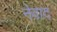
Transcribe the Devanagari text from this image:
नेवाद